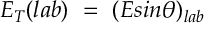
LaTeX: E _ { T } ( { l a b } ) \ = \ ( E s i n \theta ) _ { l a b }